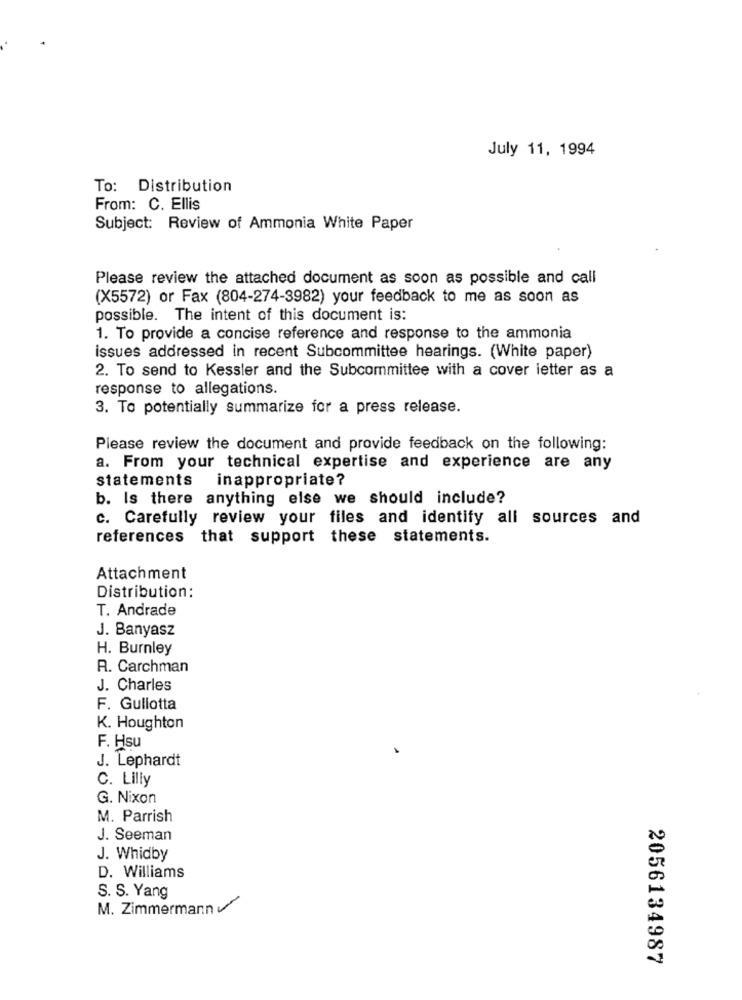
July 11, 1994
To: Distribution
From: C. Ellis
Subject: Review of Ammonia White Paper
Please review the attached document as soon as possible and call
(X5572) or Fax (804-274-3982) your feedback to me as soon as
possible. The intent of this document is:
1. To provide a concise reference and response to the ammonia
issues addressed in recent Subcommittee hearings. (White paper)
2. To send to Kessler and the Subcommittee with a cover letter as a
response to allegations.
3. To potentially summarize for a press release.
Please review the document and provide feedback on the following:
a. From your technical expertise and experience are any
statements inappropriate?
b. Is there anything else we should include?
c. Carefully review your files and identify all sources and
references that support these statements.
Attachment
Distribution:
T. Andrade
J. Banyasz
H. Burnley
R. Carchman
J. Charles
F. Gullotta
K. Houghton
F. Hsu
J. Lephardt
C. Lilly
G. Nixon
M. Parrish
J. Seeman
J. Whidby
D. Williams
S. S. Yang
M. Zimmermann
2056134987